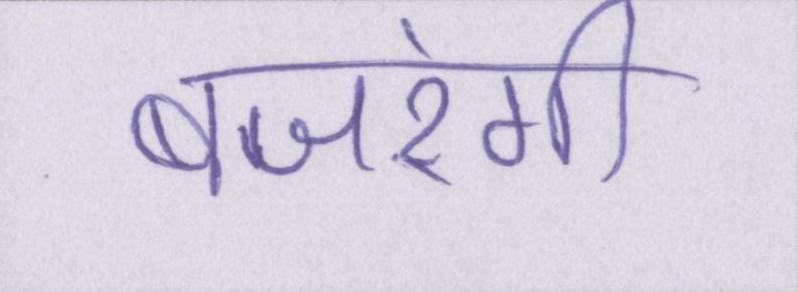
बजरंगी